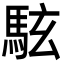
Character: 䮄